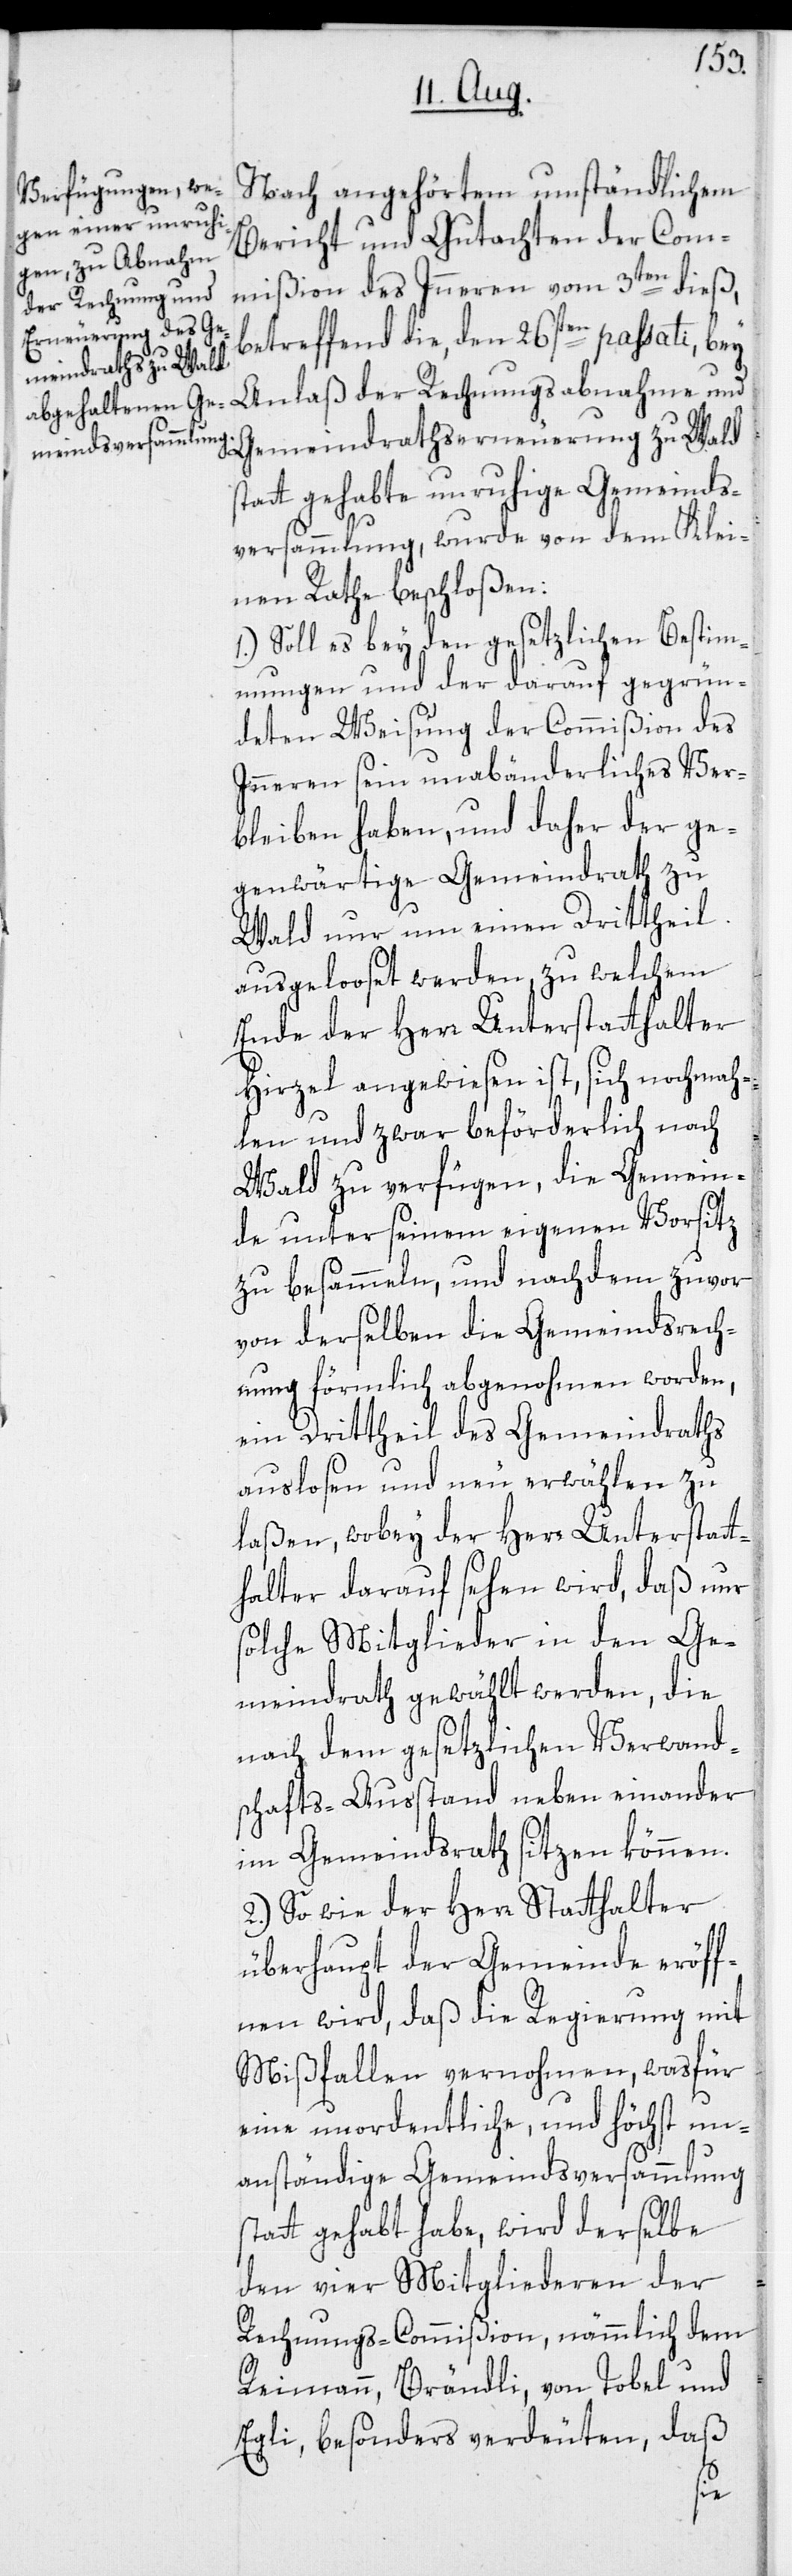
Nach angehörtem umständlichem
Bericht und Gutachten der Com¬
mißion des Inneren vom 3ten dieß,
betreffend die, den 26sten passati, bey
Anlaß der Rechnungsabnahme und
Gemeindrathserneuerung zu Wald
tt gehabte unruhige Gemeinds¬
versammlung, wurde von dem Klei¬
nen Rathe beschloßen:
1.) Soll es bey den gesetzlichen Bestim¬
mungen und der darauf gegrün¬
deten Weisung der Commißion des
Inneren sein unabänderliches Ver¬
bleiben haben, und daher der ge¬
genwärtige Gemeindrath zu
Wald nur um einen Drittheil
ausgelooset werden, zu welchem
Ende der Herr Unterstatthalter
Hirzel angewiesen ist, sich nochmah¬
len und zwar beförderlich nach
Wald zu verfügen, die Gemein¬
de unter seinem eigenen Vorsitz
zu besammeln, und nachdem zuvor
von derselben die Gemeindsrech¬
nung förmlich abgenohmen worden,
ein Drittheil des Gemeindraths
auslosen und neu erwählen zu
laßen, wobey der Herr Unterstatt¬
halter darauf sehen wird, daß nur
solche Mitglieder in den Ge¬
meindrath gewählt werden, die
nach dem gesetzlichen Verwandt¬
schafts-Ausstand neben einander
im Gemeindrath sitzen können.
2.) So wie der Herr Statthalter
überhaupt der Gemeinde eröff¬
nen wird, daß die Regierung mit
Mißfallen vernohmen, was für
eine unordentliche, und höchst un¬
anständige Gemeindsversammlung
statt gehabt habe, wird derselbe
den vier Mitgliederen der
Rechnungs-Commißion, nämmlich dem
Reimann, Brändli, von Tobel und
Egli, besonders verdeuten, daß
sta¬